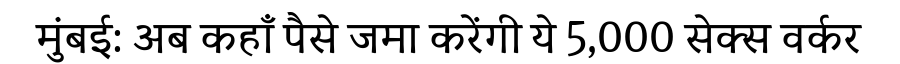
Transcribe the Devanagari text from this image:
मुंबई: अब कहाँ पैसे जमा करेंगी ये 5,000 सेक्स वर्कर